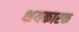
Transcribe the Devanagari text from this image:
क्षयकारक